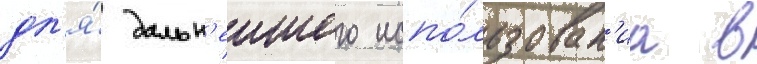
дл'я́ дальн'еишего испо́льзован'иа в